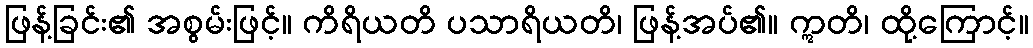
ဖြန့်ခြင်း၏ အစွမ်းဖြင့်။ ကိရိယတိ ပသာရိယတိ၊ ဖြန့်အပ်၏။ ဣတိ၊ ထို့ကြောင့်။